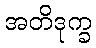
အတိဒုက္ခ